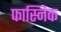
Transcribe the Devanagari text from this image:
फास्निक